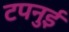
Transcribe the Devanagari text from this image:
टपनुई